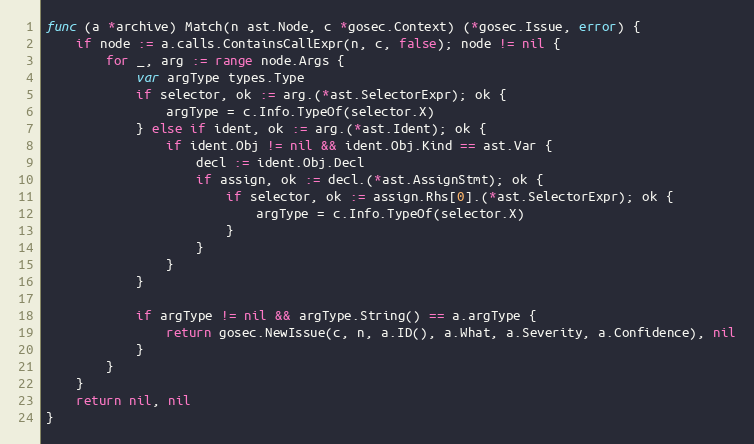
Language: Go
func (a *archive) Match(n ast.Node, c *gosec.Context) (*gosec.Issue, error) {
	if node := a.calls.ContainsCallExpr(n, c, false); node != nil {
		for _, arg := range node.Args {
			var argType types.Type
			if selector, ok := arg.(*ast.SelectorExpr); ok {
				argType = c.Info.TypeOf(selector.X)
			} else if ident, ok := arg.(*ast.Ident); ok {
				if ident.Obj != nil && ident.Obj.Kind == ast.Var {
					decl := ident.Obj.Decl
					if assign, ok := decl.(*ast.AssignStmt); ok {
						if selector, ok := assign.Rhs[0].(*ast.SelectorExpr); ok {
							argType = c.Info.TypeOf(selector.X)
						}
					}
				}
			}

			if argType != nil && argType.String() == a.argType {
				return gosec.NewIssue(c, n, a.ID(), a.What, a.Severity, a.Confidence), nil
			}
		}
	}
	return nil, nil
}